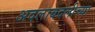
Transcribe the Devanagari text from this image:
अदलाबदलीच्या